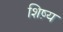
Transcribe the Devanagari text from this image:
शिष़्य